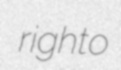
righto